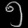
Digit: ၅